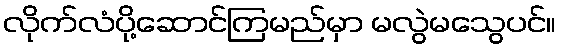
လိုက်လံပို့ဆောင်ကြမည်မှာ မလွဲမသွေပင်။